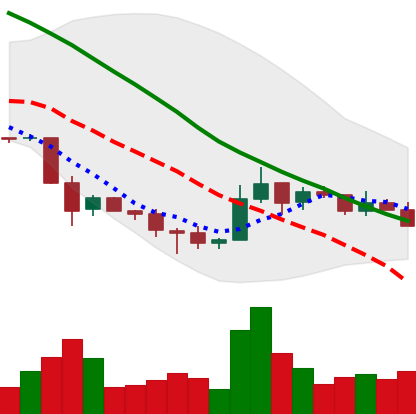
Ticker: TRX-USD
Chart end date: 2018-12-06
Forward return: 3.698%
Label: up_3_5